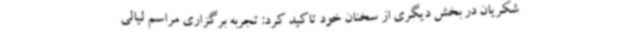
شکریان در بخش دیگری از سخنان خود تاکید کرد: تجربه برگزاری مراسم لیالی